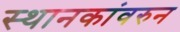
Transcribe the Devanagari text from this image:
स्थानकांवरुन